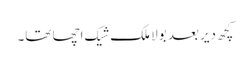
کچھ دیر بعد بولا ملک شیک اچھا تھا۔